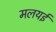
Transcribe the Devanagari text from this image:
मलयई